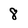
Character: 8